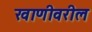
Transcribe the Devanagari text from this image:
खाणीवरील